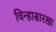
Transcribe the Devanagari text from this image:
चिन्हासारखा